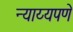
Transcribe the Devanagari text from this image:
न्याय्यपणे